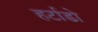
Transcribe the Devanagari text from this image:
हर्टाडो